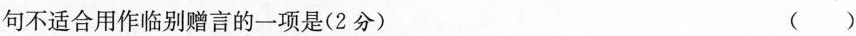
句作为临别赠言，互相勉励并表达美好祝愿。下列诗句不适合用作临别赠言的一项是(2分) ( )